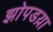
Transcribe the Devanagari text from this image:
झोपडय़ा